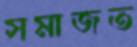
সমাজত